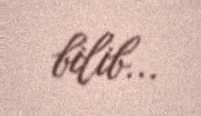
bilib...